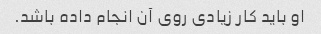
او باید کار زیادی روی آن انجام داده باشد.